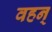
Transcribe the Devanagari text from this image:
वहन्